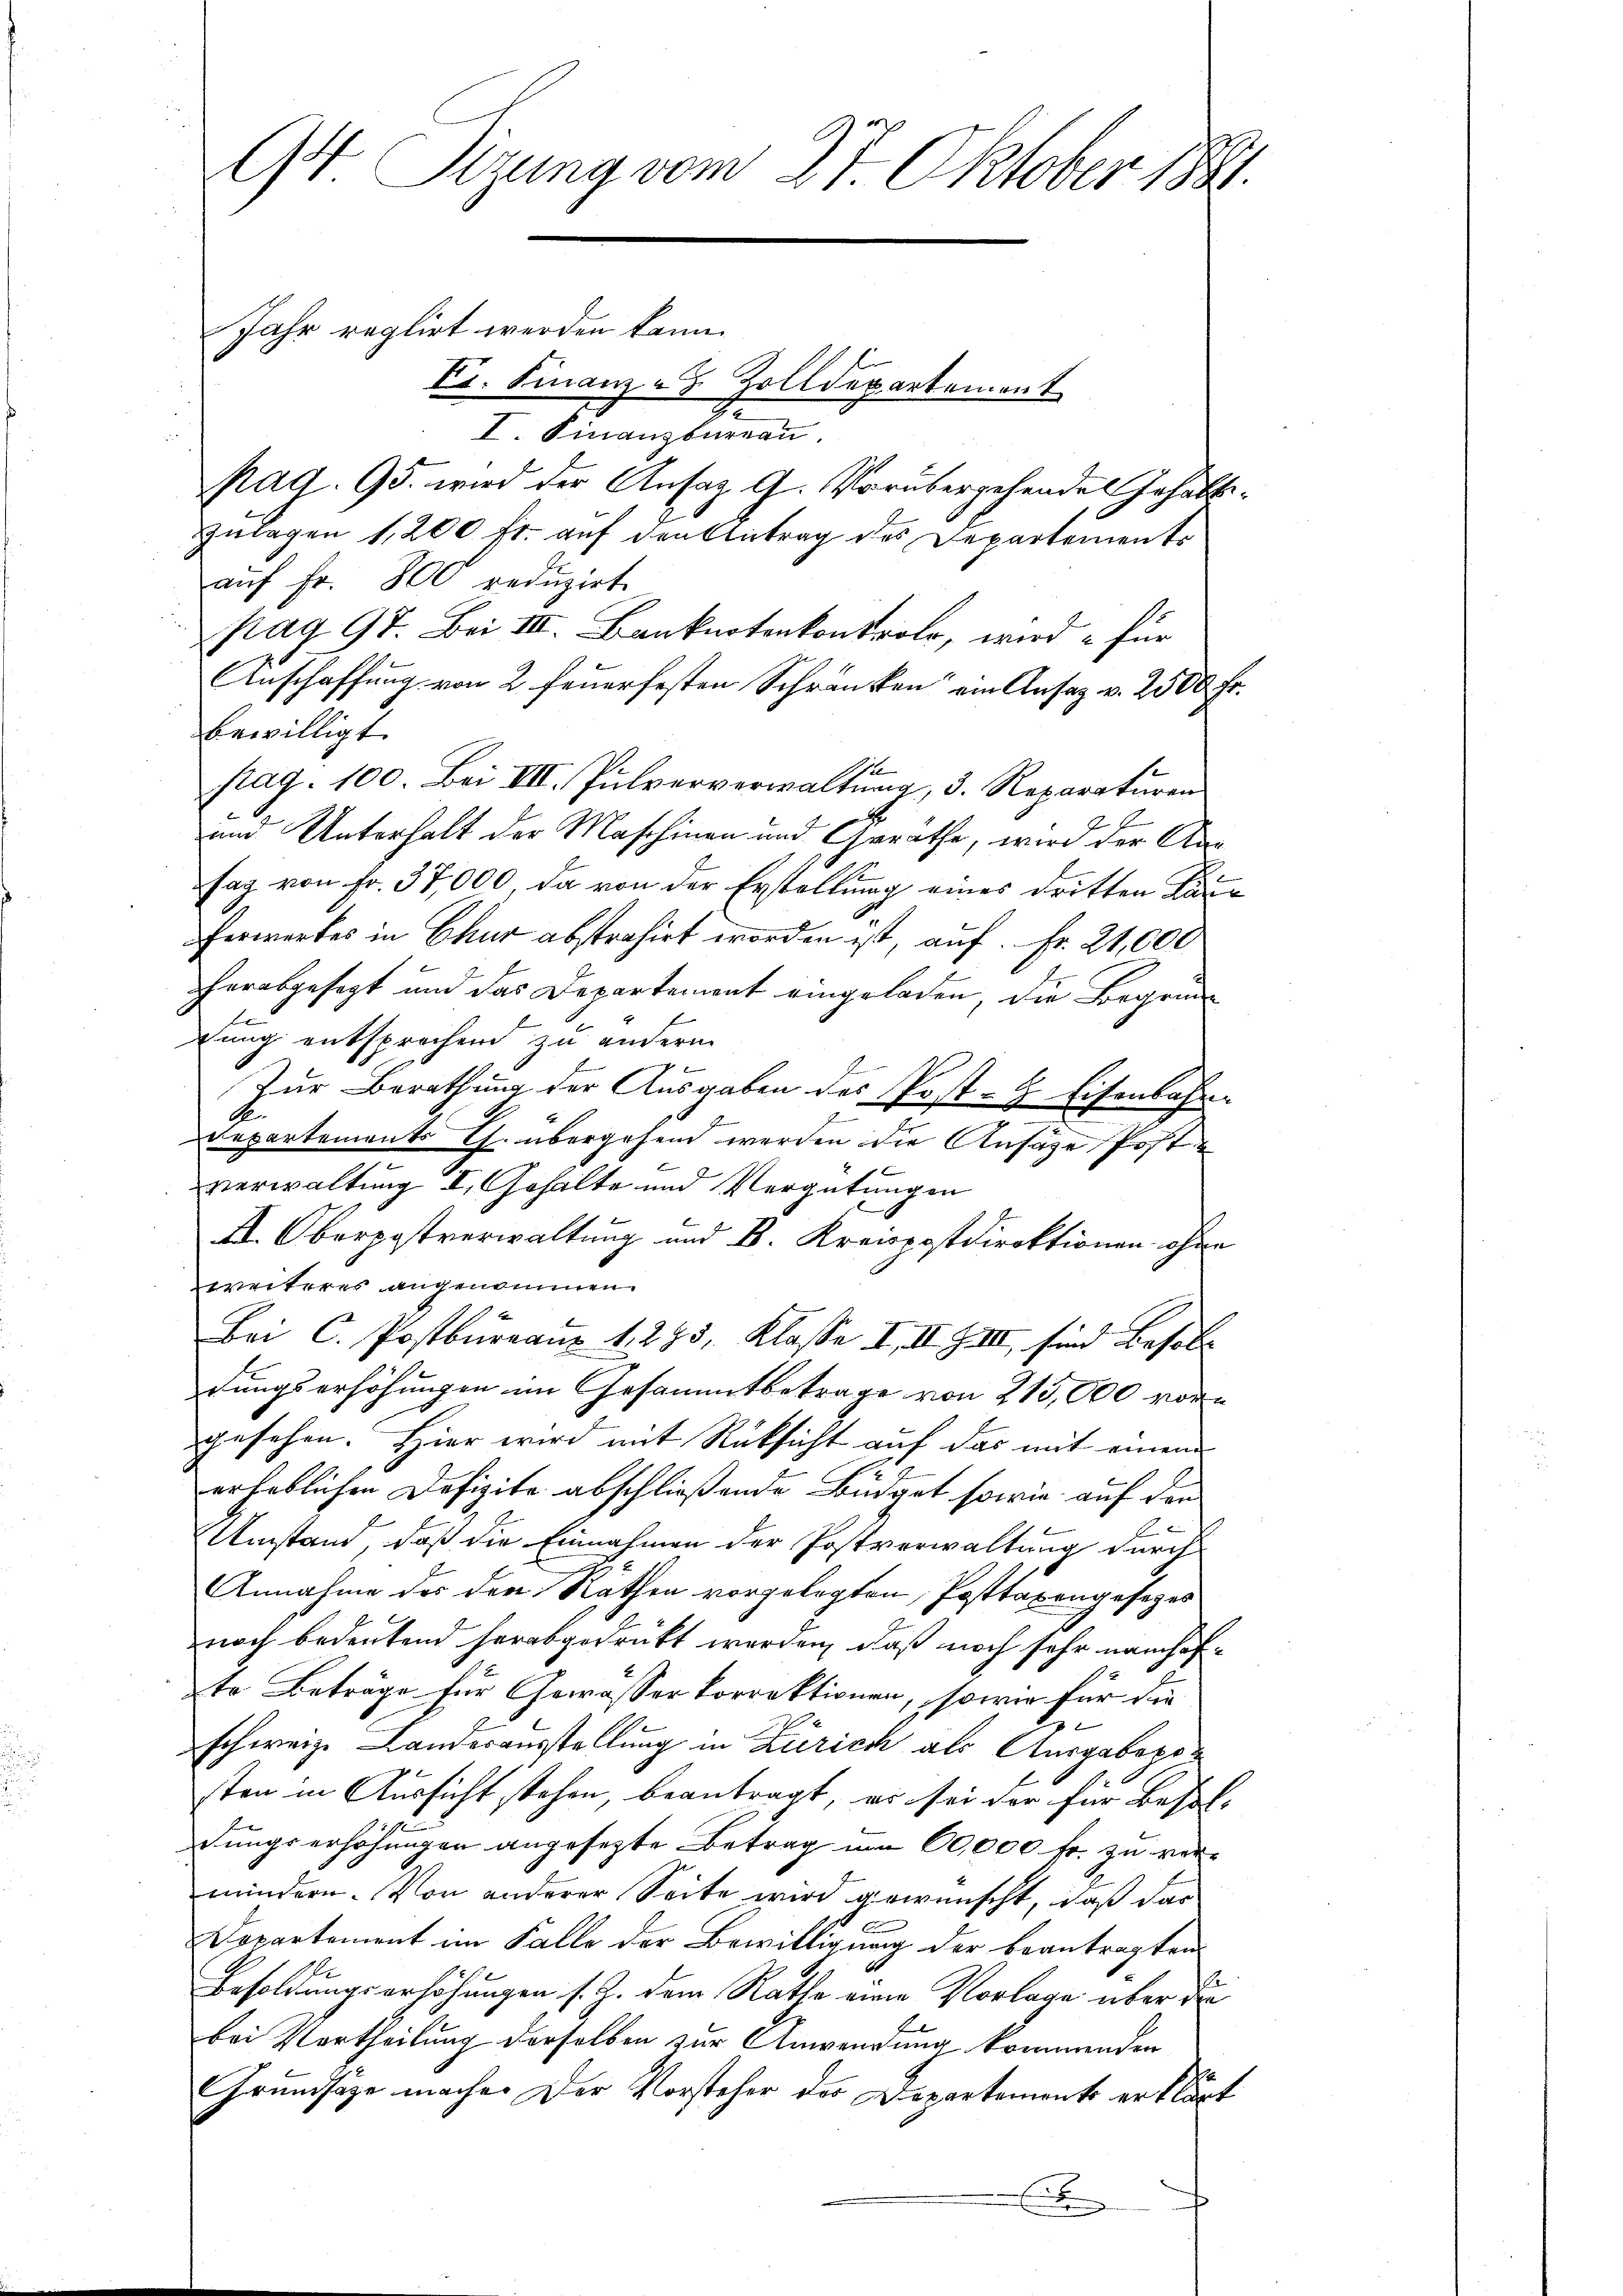
94 Tizung vom 27. Oktober 1891.

Jahr reglirt werden kann.
Vt. Finanz- u. Zolldepartement
I Finanzbüreau.
pag. 95. wird der Ansaz G. Vorübergehendes Gehalts¬
Zulagen 1,200 fr. auf den Antrag des Departements
aŭf Fr. 800 reduzirt.
pag 97. Bei III. Banknotenkontrolo, wird für
Anschaffung von 2 feuerfesten Schränken ein Ansaz v. 2500 Fr.
bewilligt.
210
stag. 100. Bei VIII. Pulververwaltung, 3. Reparaturen
.
und Unterhalt der Maschinen und Gerathe, wird der An¬
Tag von Fr. 37,000 da von der Erstellung eines dritten Bau¬
Ferwortes in Chur abstrahirt worden ist, auf Fr. 21,000
herabgesezt und das Departement eingeladen, die Begründung entsprechend zu andern
Zur Berathung der Ausgaben des Post- & Eisenbahne
.
Departements G. übergehend werden die Ansage Postverwaltung I. Gehalte und Vergütungen
I. Oberpostverwaltung und k. Kreispostdirektionen ohne
weiteres angenommen.
Bei C. Postbureau 1. 295, Klasse I. II Z III, sind Besol
dungserhöhungen im Gesammtbetrage von 213,000 vorn
gesehen. Hier wird mit Rüksicht auf das mit einem
erheblichen Defizite abschließende Büdget sowie auf den
Umstand, daß die Einnahmen der Postverwaltung durch
Annahme des den Rathen vorgelegten, Posttaxongesezes
noch bedeutend herabgedrückt worden, daß noch sehr namhafte Beträge für Gewässer korrektionen, sowie für die
2
schweiz. Landerausstellung in Zürich als Ausgabeposten in Aussicht stehen, beantragt, es sei der für Besoldungserhöhungen angesetzte Betrag um 60,000 fr. zu vermindern. Von anderer Seite wird gewünscht, daß das
Departement im Falle der Bewilligung der beantragten
Besoldungserhöhungen s. Z. dem Rathe eine Vorlage über die
.
bei Vortheilung derselben zur Anwendung kommenden
Grundsätze mache. Der Vorsteher der Departement erklärt
.